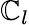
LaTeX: \mathbb{C}_{l}